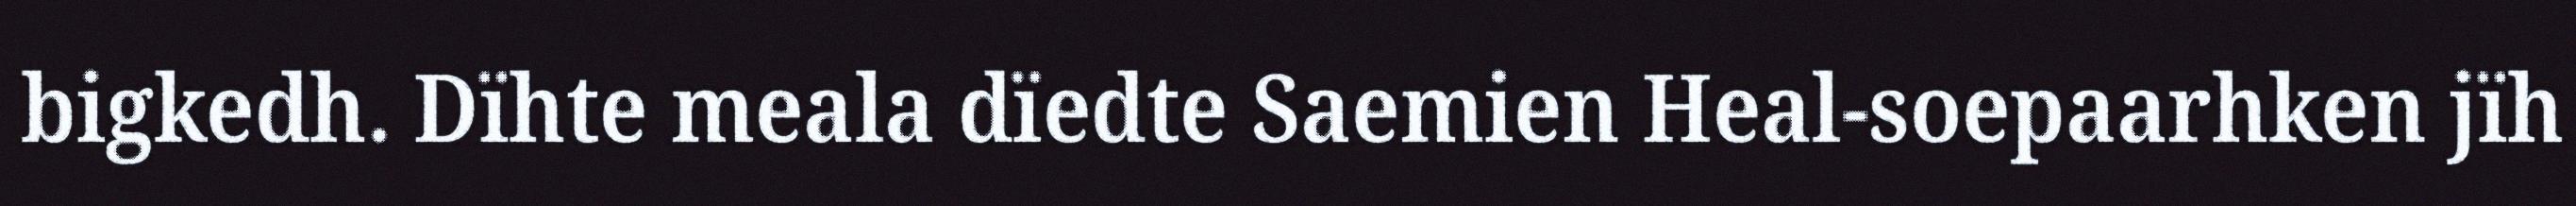
bigkedh. Dïhte meala dïedte Saemien Heal-soepaarhken jïh